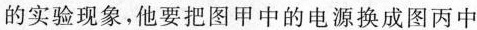
的实验现象，他要把图甲中的电源换成图丙中